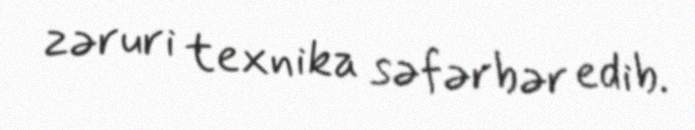
zəruri texnika səfərbər edib.